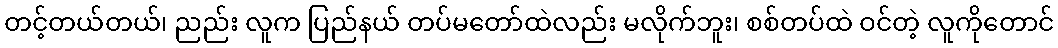
တင့်တယ်တယ်၊ ညည်း လူက ပြည်နယ် တပ်မတော်ထဲလည်း မလိုက်ဘူး၊ စစ်တပ်ထဲ ဝင်တဲ့ လူကိုတောင်